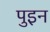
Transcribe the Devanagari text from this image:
पुइन